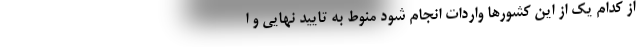
از کدام یک از این کشورها واردات انجام شود منوط به تایید نهایی و ا